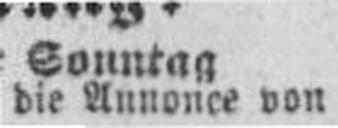
die Annonce von